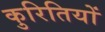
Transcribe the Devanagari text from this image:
कुरितियों